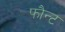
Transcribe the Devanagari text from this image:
फौन्ट